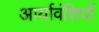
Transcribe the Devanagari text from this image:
आर्यावंशियों